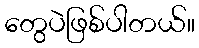
တွေပဲဖြစ်ပါတယ်။